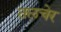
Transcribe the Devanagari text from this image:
तलचेर